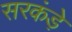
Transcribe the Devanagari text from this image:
सरकंड़े